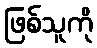
ဖြစ်သူကို